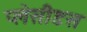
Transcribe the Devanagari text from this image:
प्लेसीडस